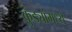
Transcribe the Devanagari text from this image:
कुंड्यांमध्ये